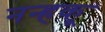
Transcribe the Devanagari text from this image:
नन्हकू